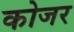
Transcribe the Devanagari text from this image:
कोजर